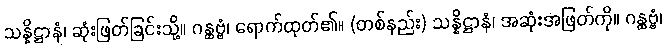
သန္နိဋ္ဌာနံ၊ ဆုံးဖြတ်ခြင်းသို့။ ဂန္ထဗ္ဗံ၊ ရောက်ထုတ်၏။ (တစ်နည်း) သန္နိဋ္ဌာနံ၊ အဆုံးအဖြတ်ကို။ ဂန္ထဗ္ဗံ၊